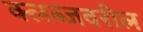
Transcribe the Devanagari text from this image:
क्लब्जवरील